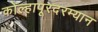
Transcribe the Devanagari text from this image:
कोल्हापूरदरम्यान